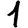
Digit: 1